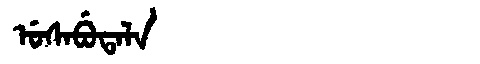
Manchu: ᡠᠰᠠᠪᡠᡨᠠᠯᠠ
Romanization: USABUTALA